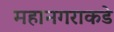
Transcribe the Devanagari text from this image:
महानगराकडे